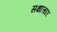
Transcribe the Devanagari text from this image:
सक्षात्कार